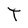
Character: t